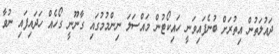
ދައުލަތުން އިތުރަށް ބުނެފައިވަނީ ހައިކޯޓުން މައްސަލަ ނިންމުމުގައި ގާނޫނީ ގޯހެއް ހަދައިފައި ނުވާ